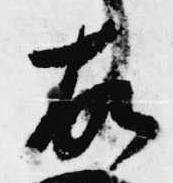
故